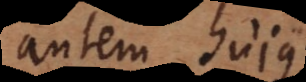
autem hujus